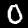
Label: 0